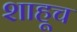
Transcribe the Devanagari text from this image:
शाहूच